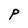
Character: P